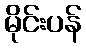
မိုင်းပန်